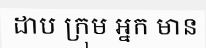
ដាប ក្រុម អ្នក មាន